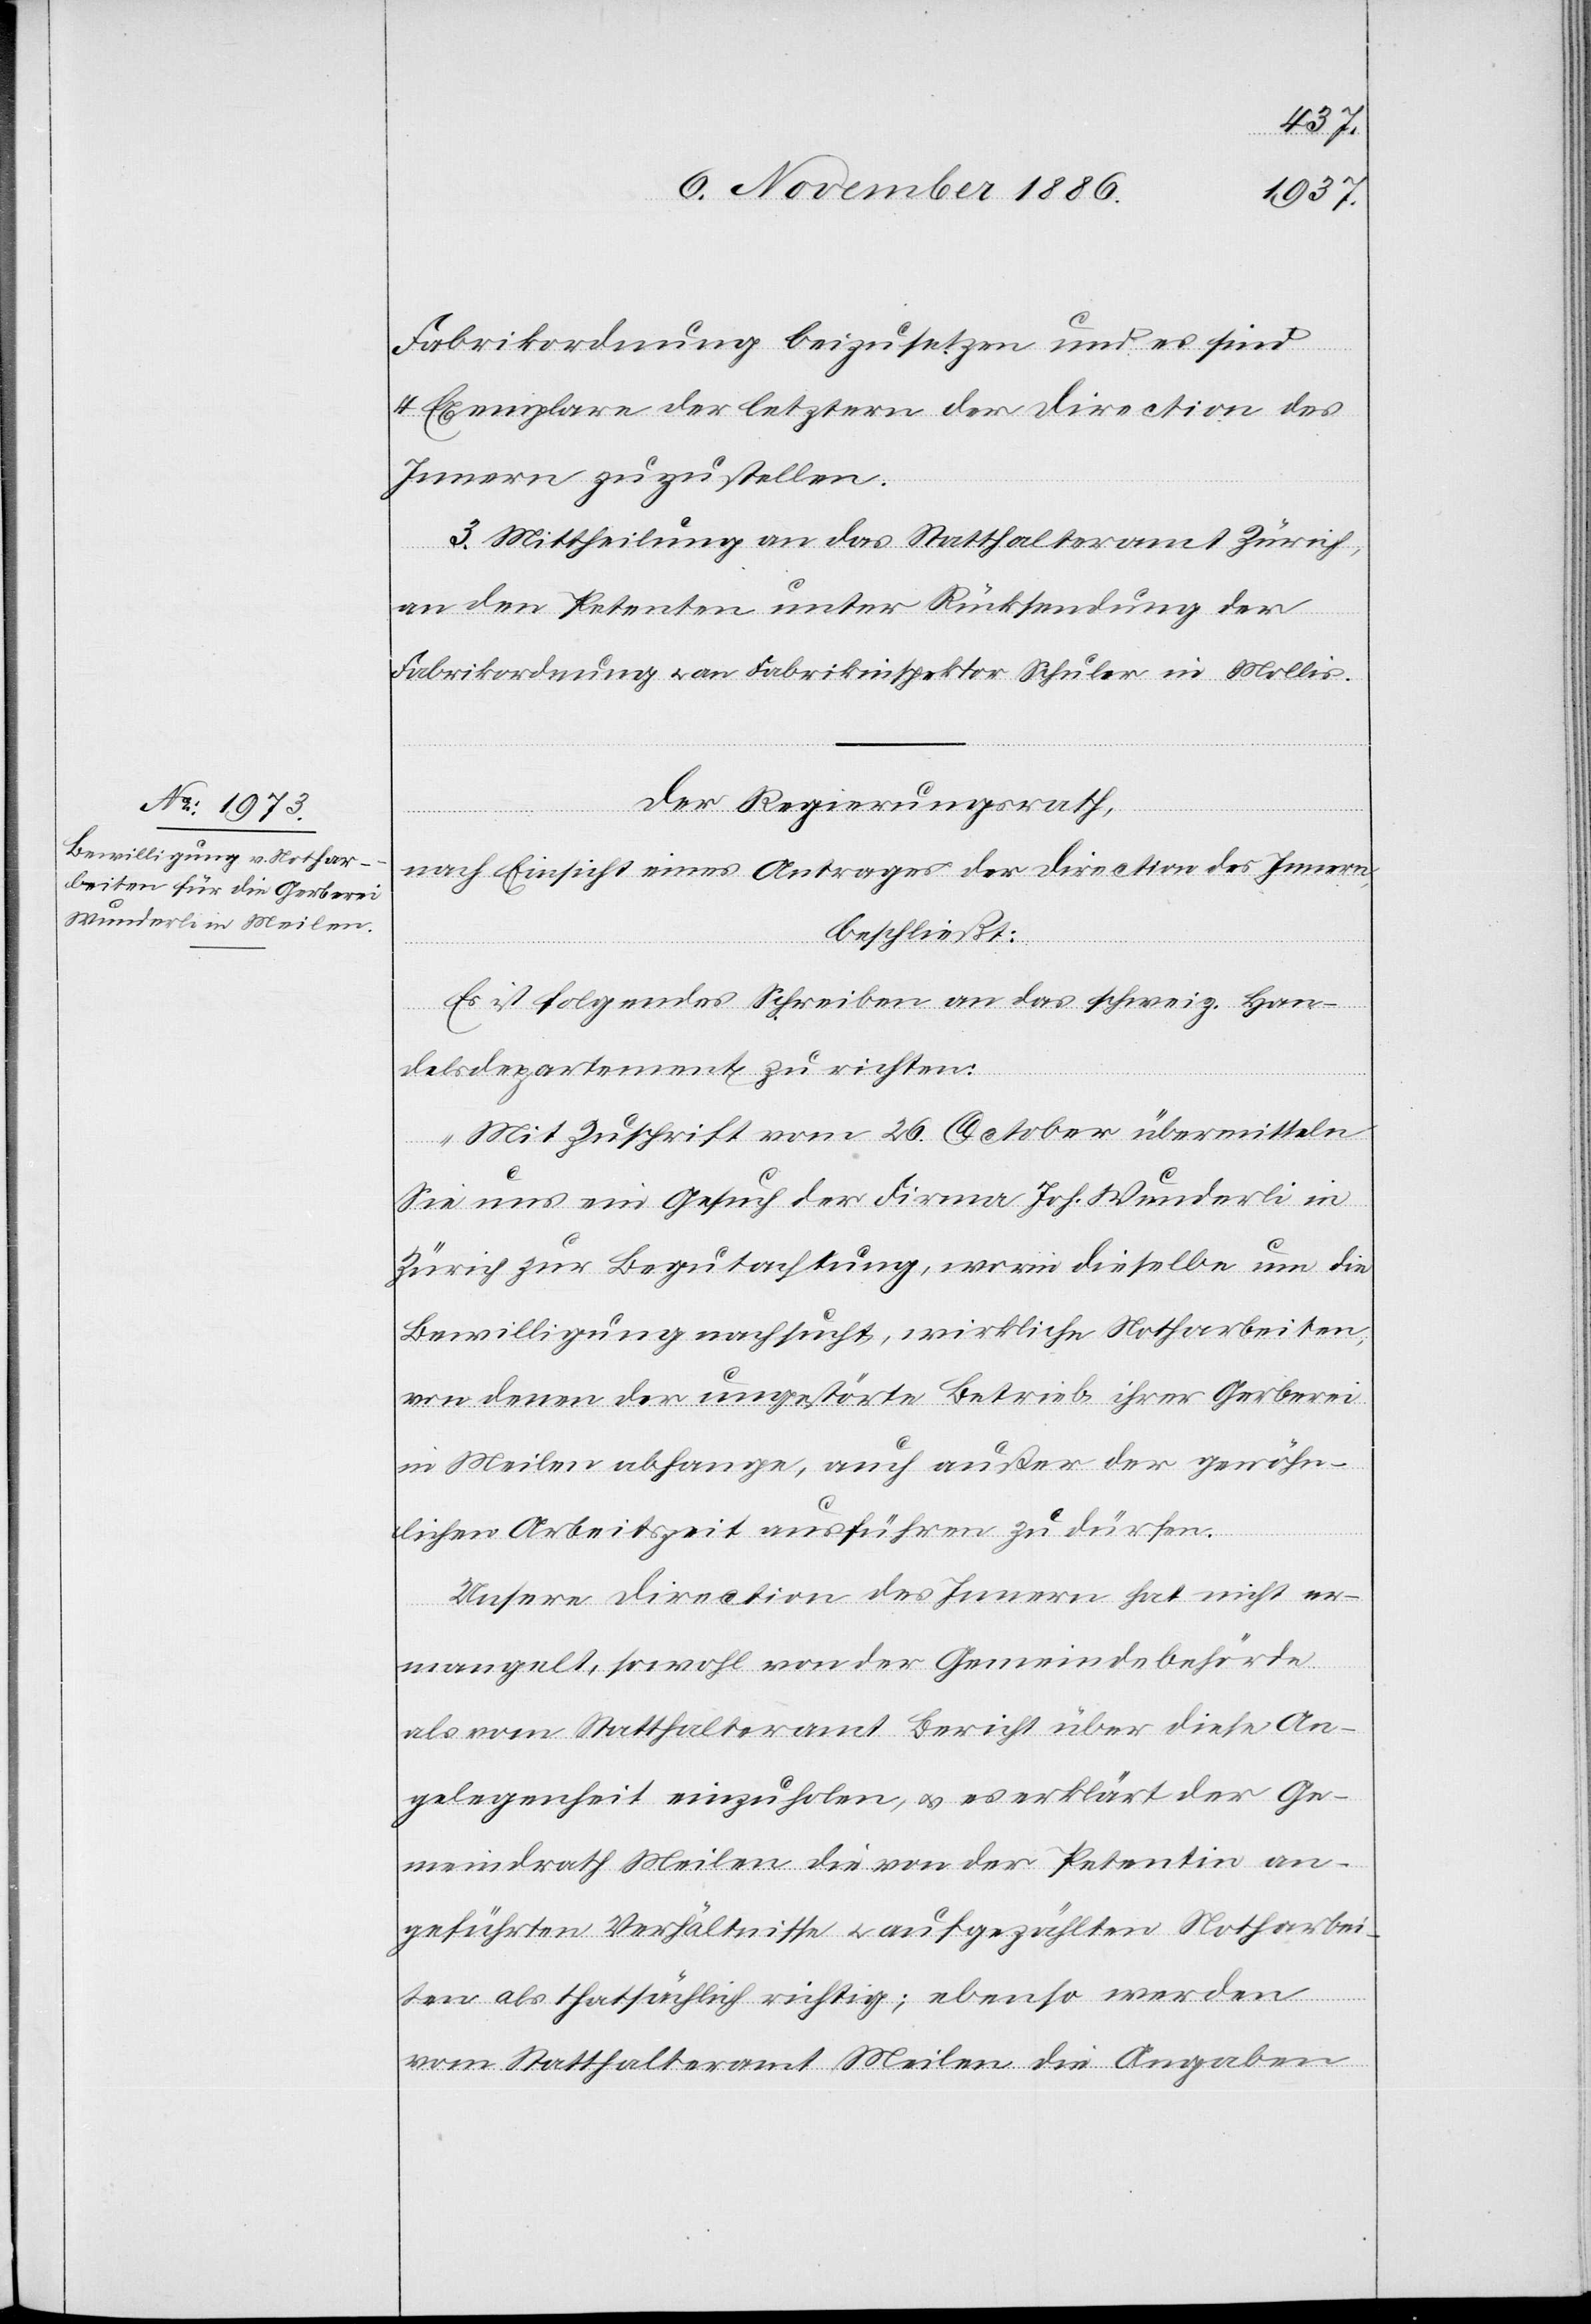
Fabrikordnung beizusetzen und es sind
4 Exemplare der letztern der Direction des
Innern zuzustellen.
3. Mittheilung an das Statthalteramt Zürich,
an den Petenten unter Rücksendung der
Fabrikordnung & an Fabrikinspektor Schuler in Mollis.
Der Regierungsrath,
nach Einsicht eines Antrages der Direction des Innern,
beschließt:
Es ist folgendes Schreiben an das schweiz. Han¬
delsdepartement zu richten:
„Mit Zuschrift vom 26. October übermitteln
Sie uns ein Gesuch der Firma Joh. Wunderli in
Zürich zur Begutachtung, worin dieselbe um die
Bewilligung nachsucht, wirkliche Notharbeiten,
von denen der ungestörte Betrieb ihrer Gerberei
in Meilen abhange, auch außer der gewöhn¬
lichen Arbeitszeit ausführen zu dürfen.
Unsere Direction des Innern hat nicht er¬
mangelt, sowohl von der Gemeindebehörde
als vom Statthalteramt Bericht über diese An¬
gelegenheit einzuholen, & es erklärt der Ge¬
meindrath Meilen die von der Petentin an¬
geführten Verhältnisse & aufgezählten Notharbei¬
ten als thatsächlich richtig; ebenso werden
vom Statthalteramt Meilen die Angaben